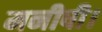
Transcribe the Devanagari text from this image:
मनीषी।